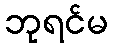
ဘုရင်မ